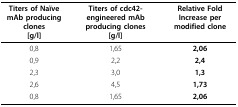
| Titers of Naïve mAb producing clones[g/l] | Titers of cdc42-engineered mAb producing clones[g/l] | Relative Fold Increase per modified clone |
 | --- | --- | --- |
 | 0,8 | 1,65 | 2,06 |
 | 0,9 | 2,2 | 2,4 |
 | 2,3 | 3,0 | 1,3 |
 | 2,6 | 4,5 | 1,73 |
 | 0,8 | 1,65 | 2,06 |